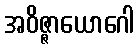
အဝိဇ္ဇာယောဂေါ